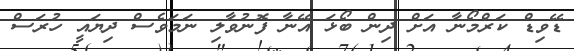
ޑޭވިޑް ކަރްމޯނާ އަށް ދިން ބޯޅަ އޭނާ ފޮނުވާލި ނަމަވެސް ދިޔައީ ހުރަސް